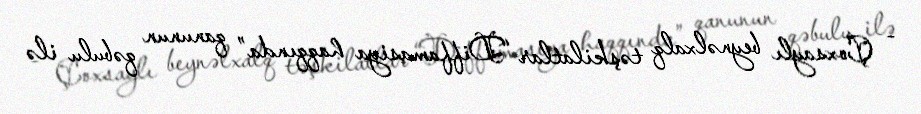
- Çoxsaylı beynəlxalq təşkilatlar “Diffamasiya haqqında” qanunun qəbulu ilə